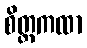
စိတ္တကထာ